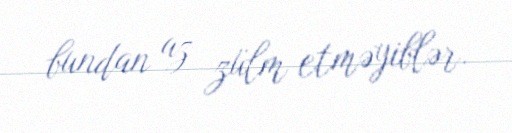
bundan az zülm etməyiblər.